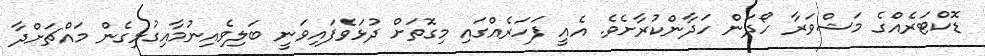
ޑޮކްޓަރެއްގެ މަޝްވަރާ ހޯދަން ހަދާންކުރާށެވެ. އެއީ ފަހަރެެއްގައި މިގޮތަށް ދުޅަވެފައިވަނީ ބަލިވެއިނުމާއިގުޅިގެން މައްޗަށްދާ